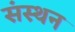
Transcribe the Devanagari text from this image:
संस्थन